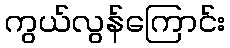
ကွယ်လွန်ကြောင်း